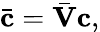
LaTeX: \bar{\mathbf{c}}=\bar{\mathbf{V}}\mathbf{c},